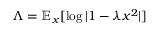
\Lambda = \mathbb { E } _ { x } [ \log | 1 - \lambda x ^ { 2 } | ]